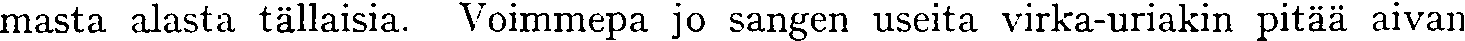
masta alasta tällaisia. Voimmepa jo sangen useita virka-uriakin pitää aivan